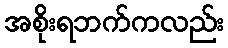
အစိုးရဘက်ကလည်း